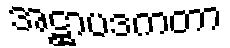
အဋ္ဌာပဒကတာ